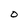
Character: O